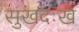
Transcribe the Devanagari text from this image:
सुखदःखे